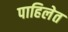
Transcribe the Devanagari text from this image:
पाहिलेत